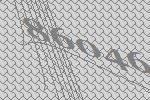
86046